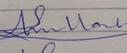
Signature authenticity: forged